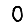
Digit: 0